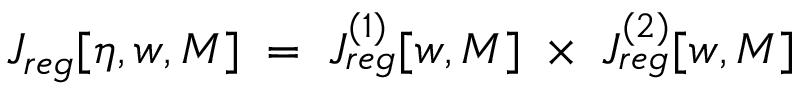
J _ { r e g } [ \eta , w , M ] \; = \; J _ { r e g } ^ { ( 1 ) } [ w , M ] \; \times \; J _ { r e g } ^ { ( 2 ) } [ w , M ]